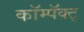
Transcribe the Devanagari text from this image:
कॉम्पॅक्ट्